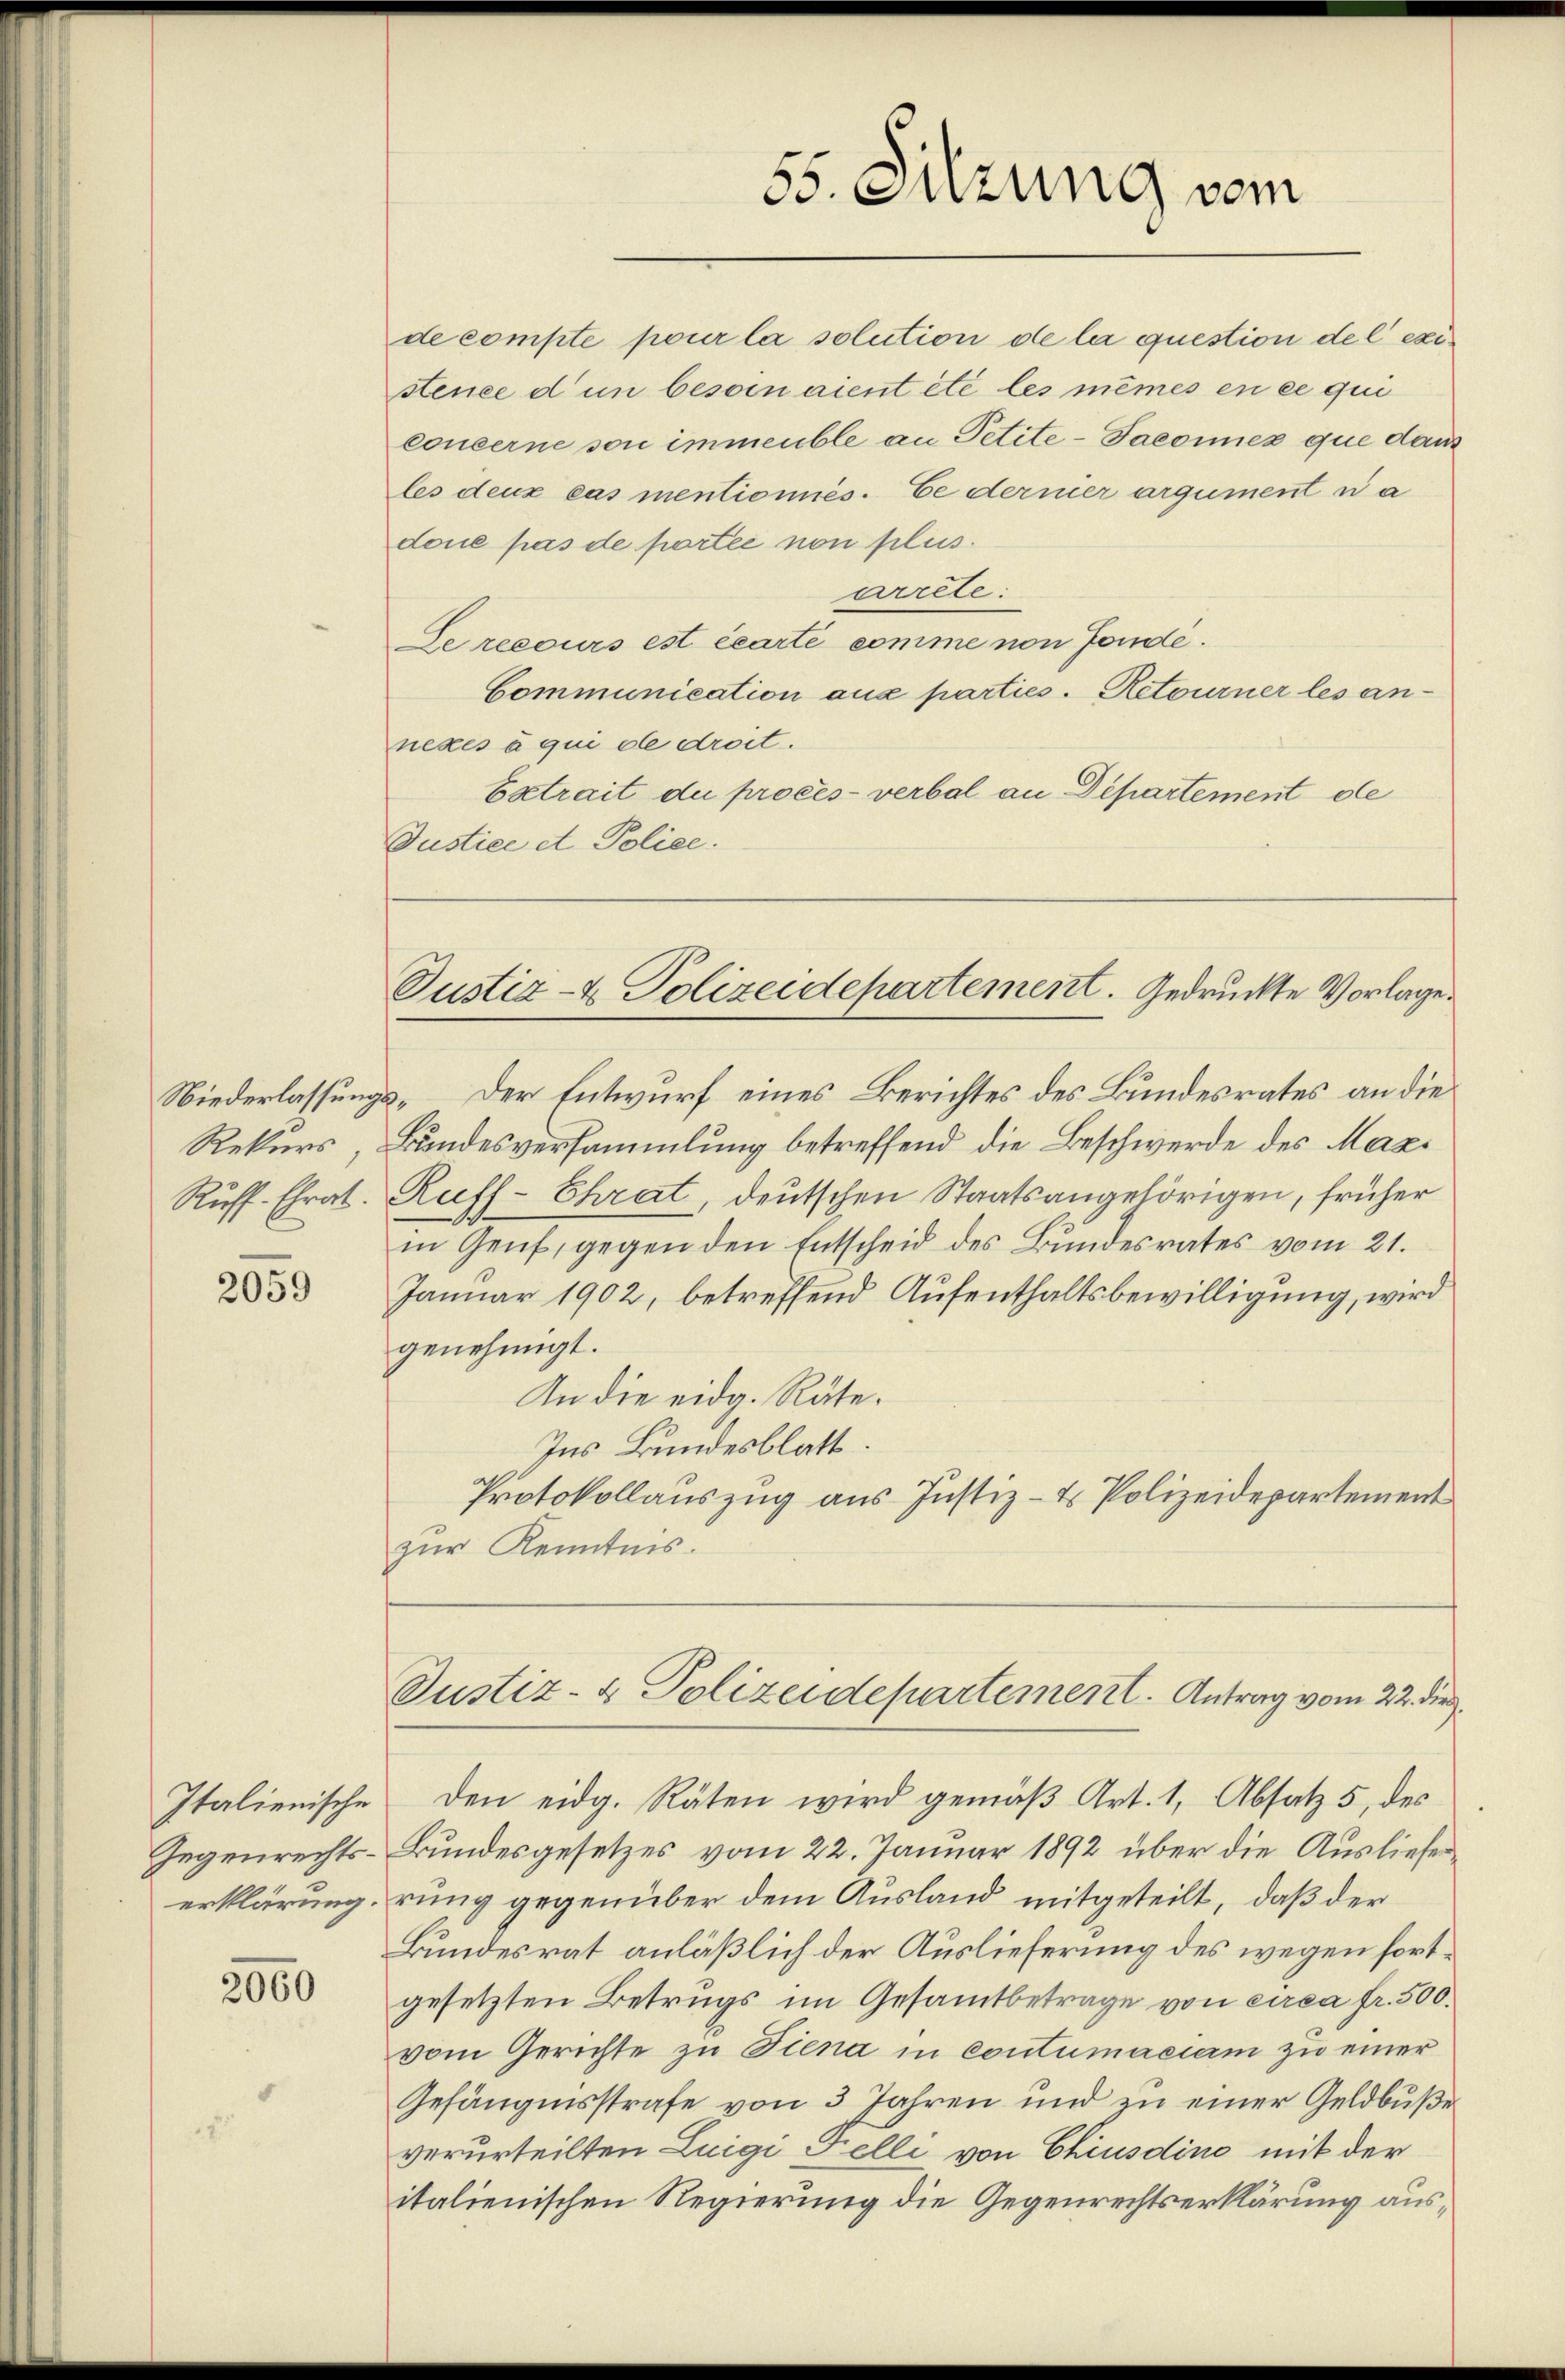
Ruff. Ehrat.

2059

Italienische
Gegenrechts-
erklärung.

2060

55. Suzung vom

Justiz- & Polizeidepartement. Gedruckte Vorlage.

de compte pour la solution de la question del existence d in besoin aient été les mêmes en ce qui
concerne son immeuble an Petite-Paconez que dans
les deux cas mentionnés. Le dernier argument na
doue pas de portei non plus.
arrete:
Se recours est écarti comme von Fondé.
Communication aus parties. Retourner les annexes à qui de droit.
Extrait du procès-verbal an Departement de
Justice et Police.

Niederlassungs- der Entwurf eines Berichtes des Bundesrates an die
Rekurs, Bundesversammlung betreffend die Beschwerde des Maxi
Ruff-Ehrat, deutschen Staatsangehörigen, früher
in Genf, gegen den Entscheid des Bundesrates vom 21.
Januar 1902, betreffend Aufenthaltsbewilligung, wird
genehmigt.
An die eidg. Räte.
Ins Bundesblatt.
Protokollauszug aus Justiz- & Polizeidepartement
zur Kenntnis.
Justiz- & Polizeidepartement. Antrag vom 22. die
den eidg. Räten wird gemäß Art. 1, Absatz 5, des
Bundesgesetzes vom 22. Januar 1892 über die Auslieferrung gegenüber dem Ausland mitgeteilt, daß der
Bundesrat anläßlich der Auslieferung des wegen fortgesetzten Betrugs im Gesammtbetrage von circa fr. 500.
vom Gerichte zu Tiena in contumaciam zu einer
Gefängnisstrafe von 3 Jahren und zu einer Geldbuße
verurteilten Luigi Felli von Chiusdino mit der
italienischen Regierung die Gegenrechtserklärung aus¬